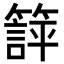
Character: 𬕱